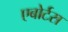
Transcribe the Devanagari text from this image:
एबोर्टस